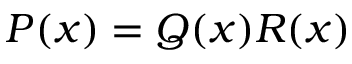
P ( x ) = Q ( x ) R ( x )